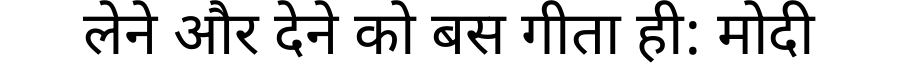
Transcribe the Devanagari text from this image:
लेने और देने को बस गीता ही: मोदी